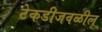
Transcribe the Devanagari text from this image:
टेकडीजवळील